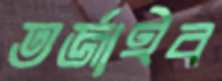
তর্জাইব